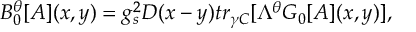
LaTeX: B _ { 0 } ^ { \theta } [ { \cal { A } } ] ( x , y ) = g _ { s } ^ { 2 } D ( x - y ) t r _ { \gamma C } [ \Lambda ^ { \theta } { \cal { G } } _ { 0 } [ { \cal { A } } ] ( x , y ) ] ,